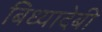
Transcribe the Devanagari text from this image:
बिध्यादेबी